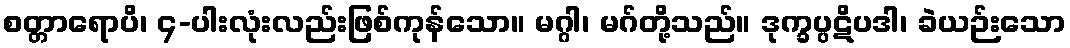
စတ္တာရောပိ၊ ၄-ပါးလုံးလည်းဖြစ်ကုန်သော။ မဂ္ဂါ၊ မဂ်တို့သည်။ ဒုက္ခပ္ပဋိပဒါ၊ ခဲယဉ်းသော